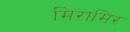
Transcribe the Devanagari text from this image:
मिरामिर